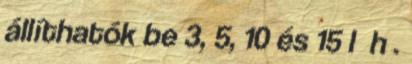
állíthatók be 3, 5, 10 és 15 l h .